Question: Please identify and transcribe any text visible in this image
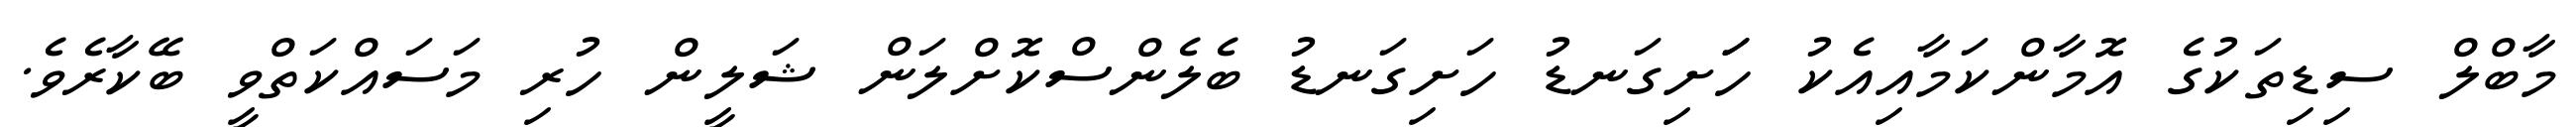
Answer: މާބްލް ސިޑިތަކުގެ އޮމާންކަމާއިއެކު ހަަށިގަނޑު ހަށިގަނޑު ބެލެންސްކޮށްލަން ޝަލީން ހުރި މަސައްކަތްވީ ބޭކާރެވެ.